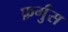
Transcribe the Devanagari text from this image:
फ़र्गुस